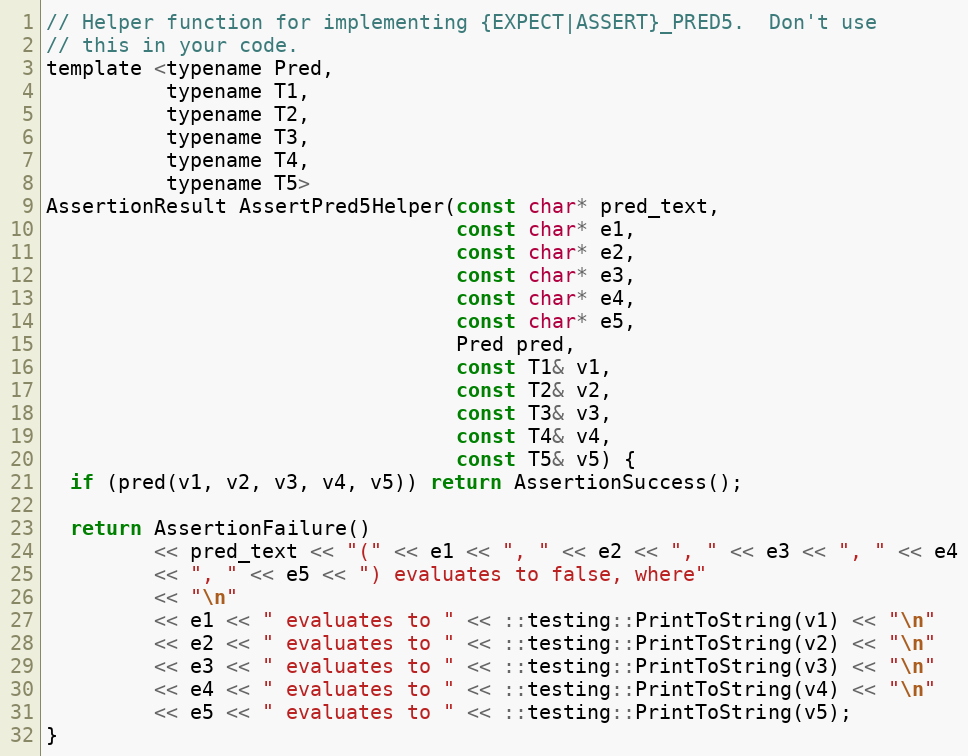
Language: C
// Helper function for implementing {EXPECT|ASSERT}_PRED5.  Don't use
// this in your code.
template <typename Pred,
          typename T1,
          typename T2,
          typename T3,
          typename T4,
          typename T5>
AssertionResult AssertPred5Helper(const char* pred_text,
                                  const char* e1,
                                  const char* e2,
                                  const char* e3,
                                  const char* e4,
                                  const char* e5,
                                  Pred pred,
                                  const T1& v1,
                                  const T2& v2,
                                  const T3& v3,
                                  const T4& v4,
                                  const T5& v5) {
  if (pred(v1, v2, v3, v4, v5)) return AssertionSuccess();

  return AssertionFailure()
         << pred_text << "(" << e1 << ", " << e2 << ", " << e3 << ", " << e4
         << ", " << e5 << ") evaluates to false, where"
         << "\n"
         << e1 << " evaluates to " << ::testing::PrintToString(v1) << "\n"
         << e2 << " evaluates to " << ::testing::PrintToString(v2) << "\n"
         << e3 << " evaluates to " << ::testing::PrintToString(v3) << "\n"
         << e4 << " evaluates to " << ::testing::PrintToString(v4) << "\n"
         << e5 << " evaluates to " << ::testing::PrintToString(v5);
}